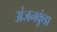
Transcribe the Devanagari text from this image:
अंजनकुंडा